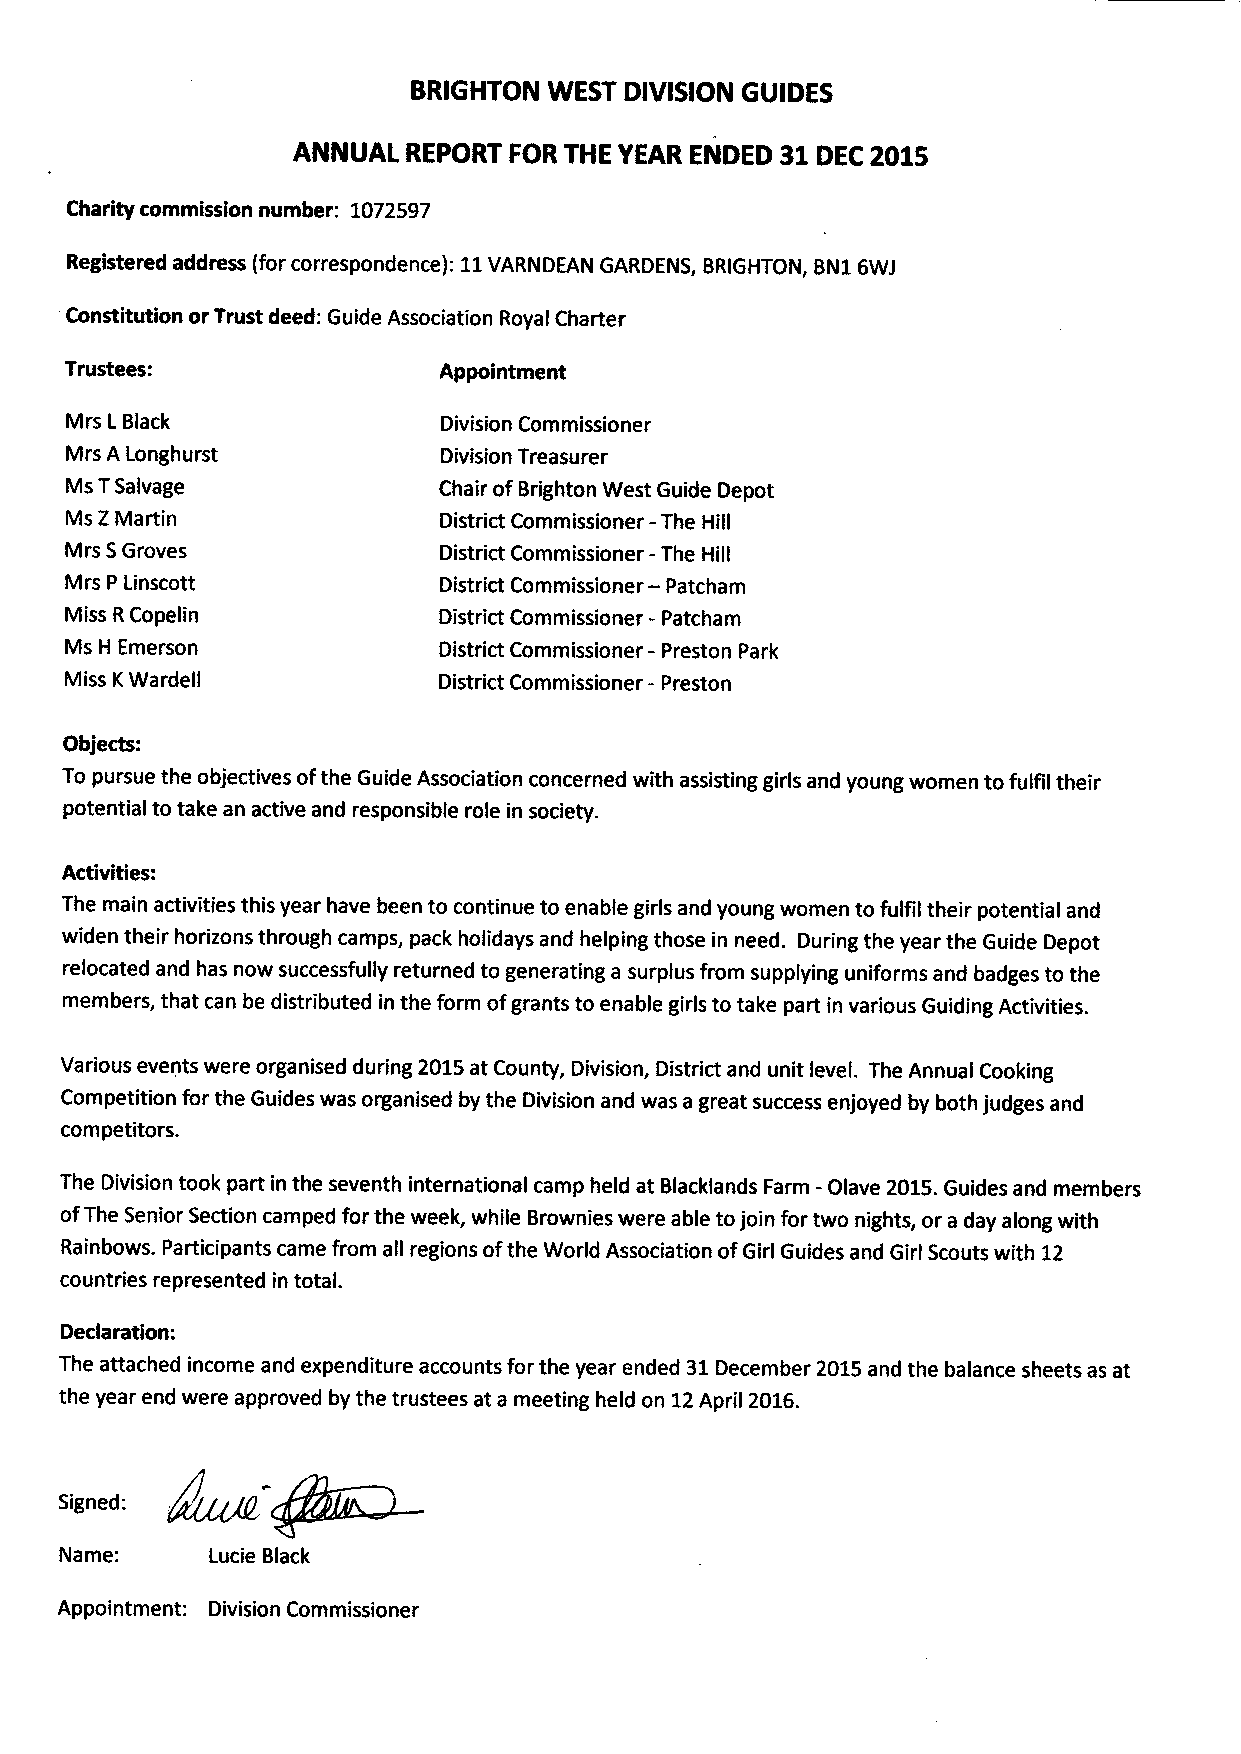
BRIGHTOWN  ESTD IVISIONG UIDES
 ANNUALR  EPORFTO  RT HEY EARE NDED31 DEC2 015
 Charityc ommissionn umber: LO72 597
 Redstereda ddress( for correspondenceIl) : VARNDEAGNA RDENBSR, IGHToNB,N l 6wJ
 Constitutiono r Trustd eed:G uideA ssociatioRn oyaCl harter
 Trustees:                Appointment
 MrsL Black               DivisionC ommissioner
 MrsA Longhurst           DivisionT reasurer
 MsT Salvage              Chairo f BrightonW estG uideD epot
 MsZ Martin               DistrictC ommissione- Tr heH ill
 MrsS G roves             DistricCt ommission-e Tr heH ill
 Mrs P Linscott           DistrictC ommissione- rP atcham
 MissR C opelin           DistrictC ommissione- rP atcham
 Ms H Emerson             DistrictC ommissione- rP restonP ark
 MissK W ardell           DistrictC ommissione- rP reston
 Objects:
 To pursueth e objectiveos f the GuideA ssociatiocno ncernedw ith assistinggi rlsa ndy oungw oment o fulfil their
 potentialtot akea n activea ndr esponsiblreo lei n society.
 Activities:
 Them aina ctivitietsh isy earh aveb eent o continueto enableg irlsa ndy oungw oment o fulfiltheirp otentiaal nd
 wident heirh orizontsh roughc ampsp, ackh olidayasn dh elpingth osei n need.D uringth ey eart he GuideD epot
 relocateda ndh asn ows uccessfulrlye turnedt o generatinga surplusfr om supplyingu niformsa ndb adgesto the
 memberst,h at canb e distributedin the form of grantst o enableg irlst o takep art in variousG uidingA ctivities.
 Variouse ventsw ereo rganisedd uring2 015a t CountyD, ivisionD, istricta ndu nit tevel.T heA nnuaCl ooking
 Competitionfo r the Guidesw aso rganisedb y the Divisiona ndw asa greats uccesesn joyedb y bothj udgesa nd
 competitors.
 TheD ivisionto ok part in the seventhin ternationacla mph elda t BlacklandFsa rm- Olave2 015.G uidesa ndm embers
 of TheS eniorS ectionc ampedfo r the week,w hileB rowniesw erea blet o join for two nightso, r a daya longw ith
 RainbowsP. articipantcsa mef rom all regionso f the WorldA ssociatioonf GirlG uidesa ndG irlS coutsw ith 12
 countriesre presenteidn total.
 Declaration:
 Thea ttachedin comea nde xpendituraec countfso r the yeare nded3 1 Decembe2r0 15a ndt he balancesh eetsa sa t
 the yeare ndw erea pprovedb y the trusteesa t a meetingh eldo n 12A pril2 016.
 /rr*'
 Signed:
 Name:     LucieB lack
 Appointment:D ivisioCn ommissioner